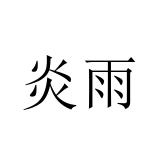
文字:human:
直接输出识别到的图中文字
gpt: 炎雨